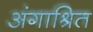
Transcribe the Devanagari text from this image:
अंगाश्रित